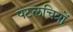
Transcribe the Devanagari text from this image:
पटलचित्रों